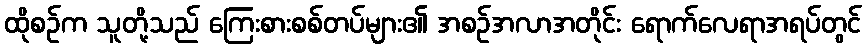
ထိုစဉ်က သူတို့သည် ကြေးစားစစ်တပ်များ၏ အစဉ်အလာအတိုင်း ရောက်လေရာအရပ်တွင်